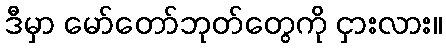
ဒီမှာ မော်တော်ဘုတ်တွေကို ငှားလား။